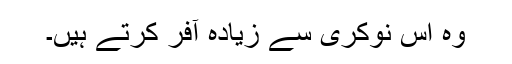
وہ اس نوکری سے زیادہ آفر کرتے ہیں۔